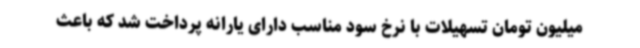
میلیون تومان تسهیلات با نرخ سود مناسب دارای یارانه پرداخت شد که باعث